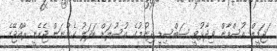
ަޖަމީލް އުސްމާން ވިދާޅުވީ ސަބްސިޑީ ދިނުމުގެ އުސޫލަށް ބަދަލު ގެންނަން ޖެހެނީ ރާއްޖޭގެ